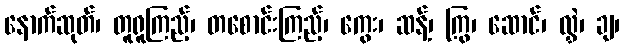
နောက်ဆုတ်၊ တူရူကြည့်၊ တစောင်းကြည့်၊ ကွေး၊ ဆန့်၊ ကြွ၊ ဆောင်၊ လွှဲ၊ ချ၊